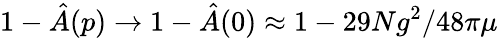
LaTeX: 1-\hat{A}(p)\rightarrow 1-\hat{A}(0)\approx 1-29Ng^{2}/48\pi\mu